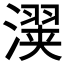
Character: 𬉇